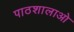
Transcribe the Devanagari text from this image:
पाठशालाओ